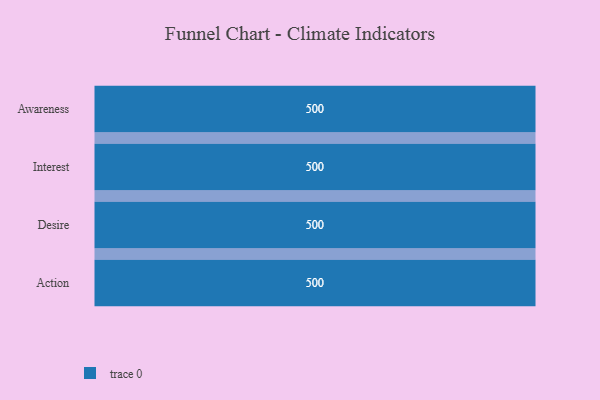
{"axis": {"x": "Stage", "y": "Value"}, "legend": [""], "data": [{"x": "Awareness", "y": 500, "type": ""}, {"x": "Interest", "y": 500, "type": ""}, {"x": "Desire", "y": 500, "type": ""}, {"x": "Action", "y": 500, "type": ""}]}